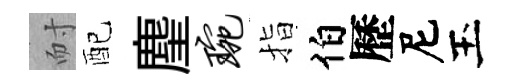
耐配麈琬指伯歷尼玉